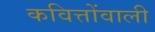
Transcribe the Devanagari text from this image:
कवित्तोंवाली